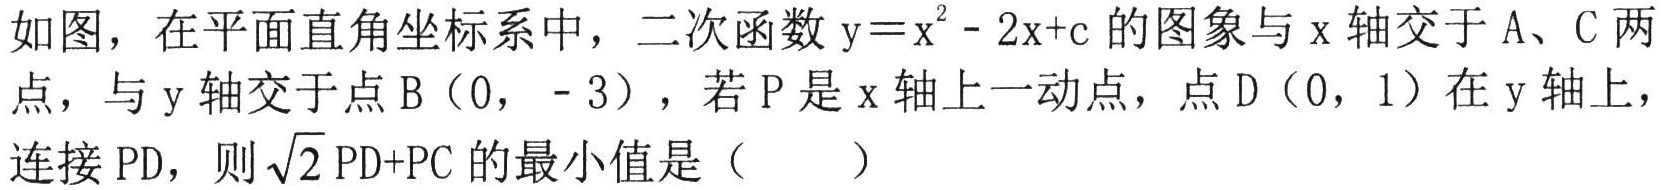
如图，在平面直角坐标系中，二次函数\(y = x^{2}-2x + c\)的图象与\(x\)轴交于\(A\)、\(C\)两点，与\(y\)轴交于点\(B(0,-3)\)，若\(P\)是\(x\)轴上一动点，点\(D(0,1)\)在\(y\)轴上，连接\(PD\)，则\(\sqrt{2}PD + PC\)的最小值是（  ）